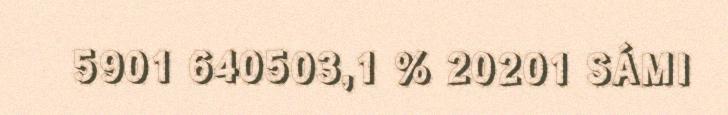
5901 640503,1 % 20201 SÁMI